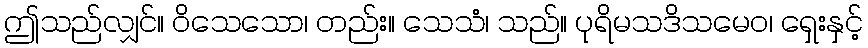
ဤသည်လျှင်။ ဝိသေသော၊ တည်း။ သေသံ၊ သည်။ ပုရိမသဒိသမေဝ၊ ရှေးနှင့်